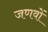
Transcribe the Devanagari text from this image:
जणवों